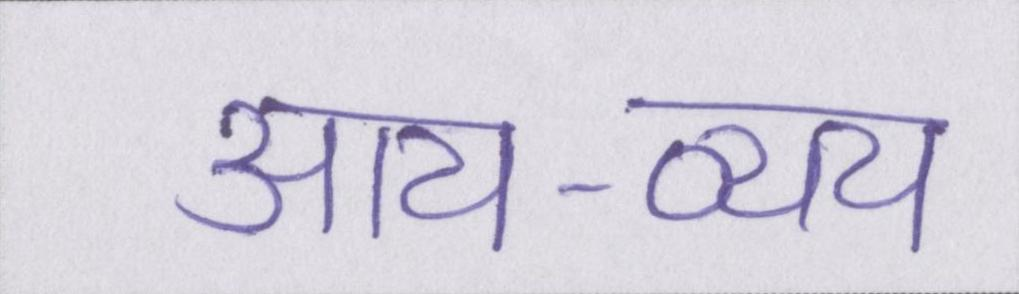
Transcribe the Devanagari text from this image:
आय-व्यय